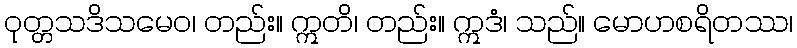
ဝုတ္တသဒိသမေဝ၊ တည်း။ ဣတိ၊ တည်း။ ဣဒံ၊ သည်။ မောဟစရိတဿ၊